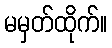
မမှတ်ထိုက်။